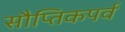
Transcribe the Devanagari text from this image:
सौप्तिकपर्व